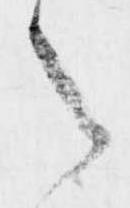
之